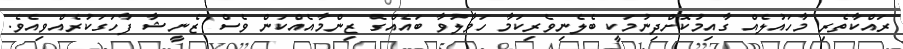
ރައްކާތެރި މާހައުލެއް ގާއިމުކޮށްދިނުމަކީ ބެލެނިވެރިކަމާ ހަވާލުވާ ބައެއްގެ ޒިންމާއެއްކަން ވެސް ޒެނީޝާ ފާހަގަކުރެއްވިއެވެ.